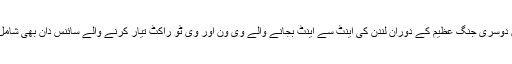
ان میں دوسری جنگ عظیم کے دوران لندن کی اینٹ سے اینٹ بجانے والے وی ون اور وی ٹو راکٹ تیار کرنے والے سائنس دان بھی شامل تھے۔